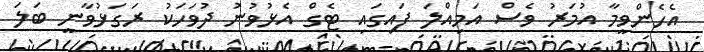
އެހެންވީމާ އުމަރު ވެސް އަމިއްލަ ފައިގައި ޓެގް އެޅުވުނު ދުވަހަކު ރަގަޅުވާނީ ބަލަ